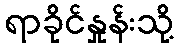
ရာခိုင်နှုန်းသို့